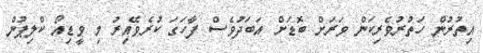
އިތުރުން ހަތުރުވެރިކަން ވަރަށް ބޮޑަށް އަބަދުވެސް ފާހަގަ ކުރެވޭއިރު މި ވީޑިއޯ ކްލިޕުން